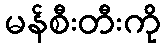
မန်စီးတီးကို